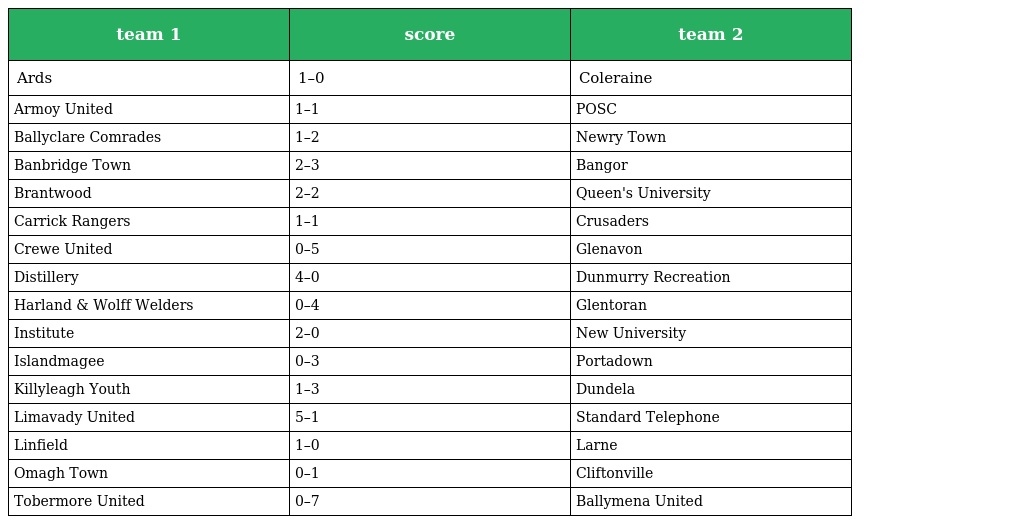
| team 1 | score | team 2 |
 | --- | --- | --- |
 | Ards | 1–0 | Coleraine |
 | Armoy United | 1–1 | POSC |
 | Ballyclare Comrades | 1–2 | Newry Town |
 | Banbridge Town | 2–3 | Bangor |
 | Brantwood | 2–2 | Queen's University |
 | Carrick Rangers | 1–1 | Crusaders |
 | Crewe United | 0–5 | Glenavon |
 | Distillery | 4–0 | Dunmurry Recreation |
 | Harland & Wolff Welders | 0–4 | Glentoran |
 | Institute | 2–0 | New University |
 | Islandmagee | 0–3 | Portadown |
 | Killyleagh Youth | 1–3 | Dundela |
 | Limavady United | 5–1 | Standard Telephone |
 | Linfield | 1–0 | Larne |
 | Omagh Town | 0–1 | Cliftonville |
 | Tobermore United | 0–7 | Ballymena United |